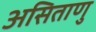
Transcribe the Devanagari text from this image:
असिताणु